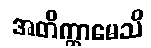
အတိက္ကာမေသိ